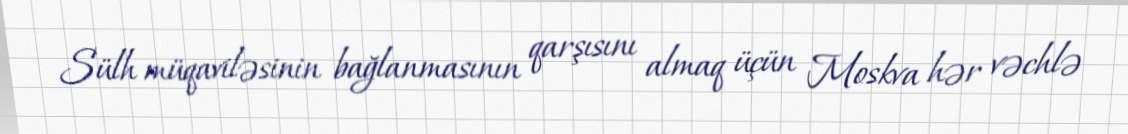
Sülh müqaviləsinin bağlanmasının qarşısını almaq üçün Moskva hər vəchlə